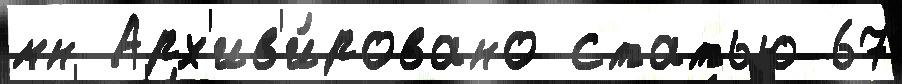
мн Арх'ив'и́ровано статью 67